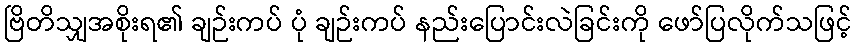
ဗြိတိသျှအစိုးရ၏ ချဉ်းကပ် ပုံ ချဉ်းကပ် နည်းပြောင်းလဲခြင်းကို ဖော်ပြလိုက်သဖြင့်